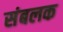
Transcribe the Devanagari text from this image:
संबलक